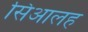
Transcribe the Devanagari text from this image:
सिआलह